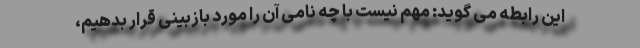
این رابطه می گوید: مهم نیست با چه نامی آن را مورد بازبینی قرار بدهیم،